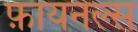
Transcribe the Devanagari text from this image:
फ़ायनल्स